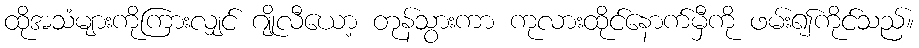
ထိုအသံများကိုကြားလျှင် ဂျိုလီယော့ တုန်သွားကာ ကုလားထိုင်နောက်မှီကို ဖမ်း၍ကိုင်သည်။